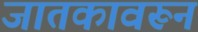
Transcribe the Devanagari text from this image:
जातकावरून